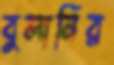
বুলানির